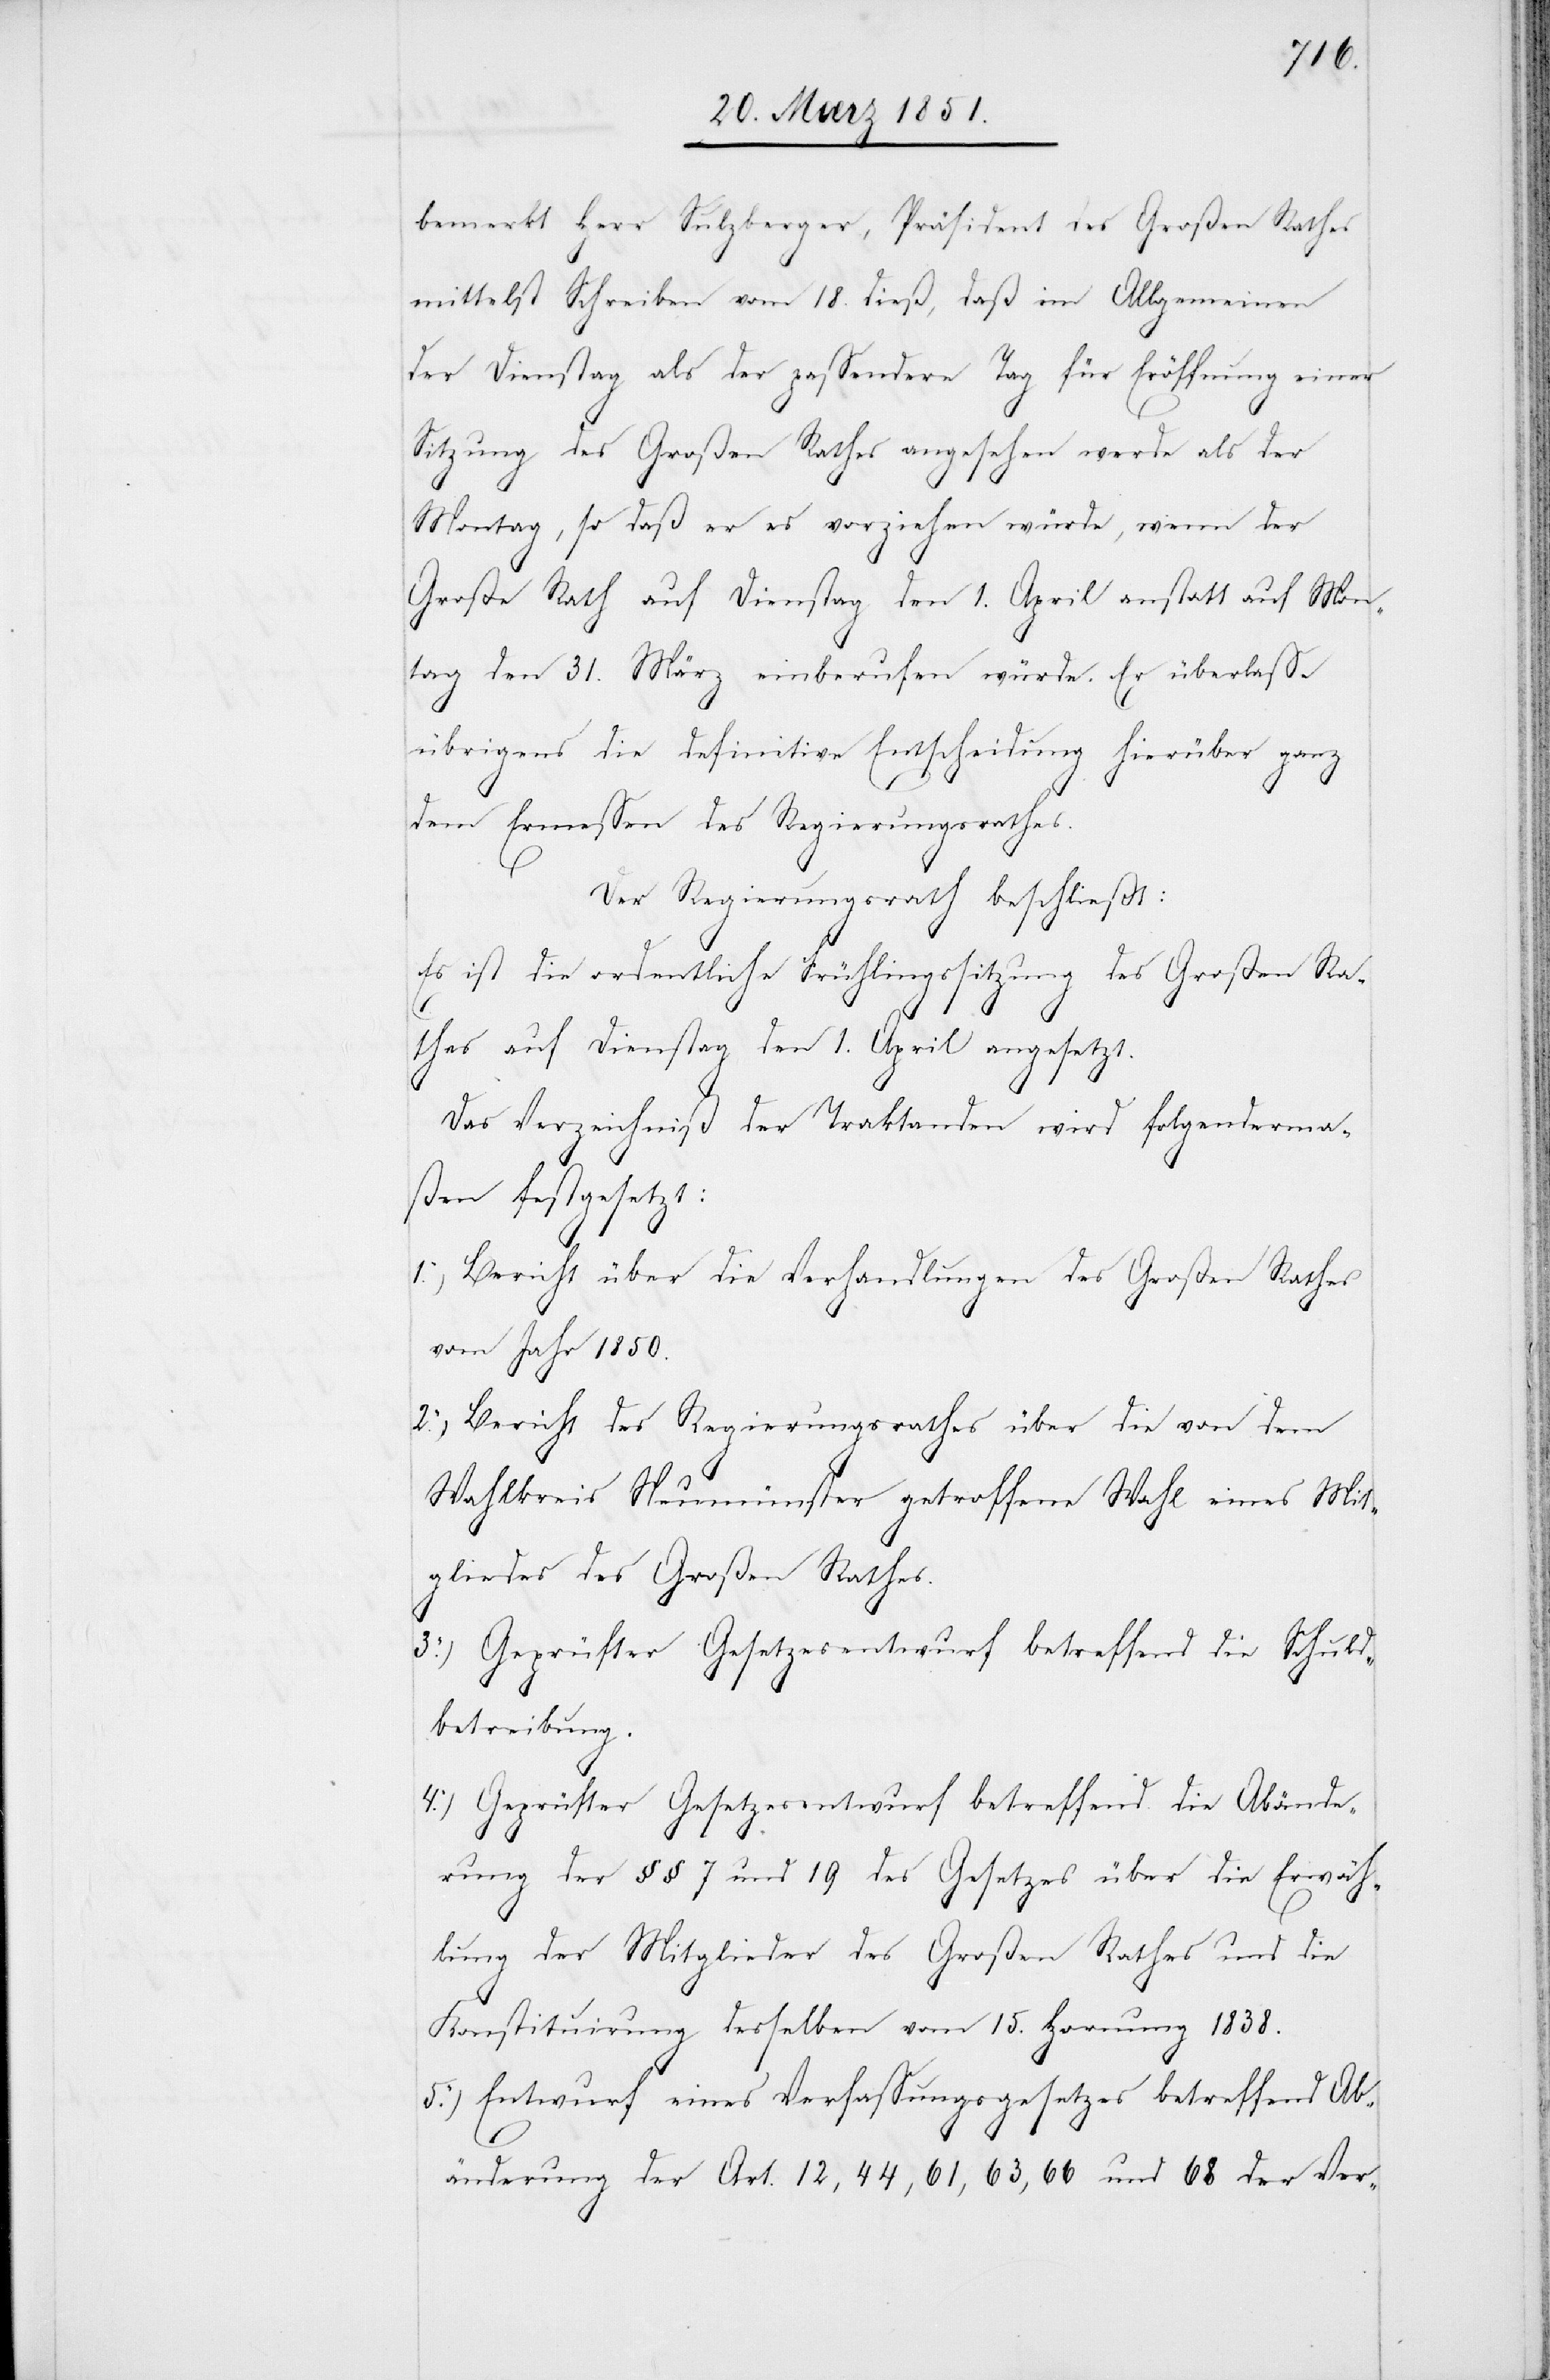
bemerkt Herr Sulzberger, Präsident des Großen Rathes
mittelst Schreiben vom 18. dieß, daß im Allgemeinen
der Dienstag als der passendere Tag für Eröffnung einer
Sitzung des Großen Rathes angesehen werde als der
Montag, so daß er es vorziehen würde, wenn der
Große Rath auf Dienstag den 1. April anstatt auf Mon¬
tag den 31. März einberufen würde. Er überlasse
5.)
4.)
übrigens die definitive Entscheidung hierüber ganz
dem Ermessen des Regierungsrathes.
Der Regierungsrath beschließt:
Es ist die ordentliche Frühlingssitzung des Großen Ra¬
thes auf Dienstag den 1. April angesetzt.
Das Verzeichniß der Traktanden wird folgenderma¬
ßen festgesetzt:
Bericht über die Verhandlungen des Großen Rathes
vom Jahr 1850.
Bericht des Regierungsrathes über die von dem
Wahlkreis Neumünster getroffene Wahl eines Mit¬
gliedes des Großen Rathes.
Geprüfter Gesetzesentwurf betreffend die Schuld¬
betreibung.
Geprüfter Gesetzesentwurf betreffend die Abände¬
rung der §§ 7 und 19 des Gesetzes über die Erwäh¬
lung der Mitglieder des Großen Rathes und die
Konstituirung desselben vom 15. Hornung 1838.
Entwurf eines Verfassungsgesetzes betreffend Ab¬
änderung der Art. 12, 44, 61, 63, 66 und 68 der Ver-